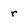
Character: r